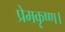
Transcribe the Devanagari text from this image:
प्रेमकृष्ण।